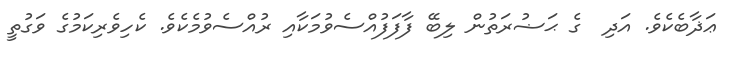
ޢަޛާބެކެވެ. އަދި  ގެ ޙަޟުރަތުން ލިބޭ ފާފަފުއްސެވުމަކާއި ރުއްސެވުމެކެވެ. ކެހިވެރިކަމުގެ ވަގުތީ